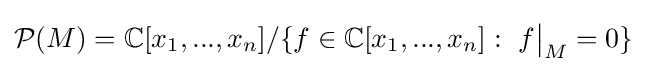
{\mathcal {P}}(M)={\mathbb {C} }[x_{1},...,x_{n}]/\{f\in {\mathbb {C} }[x_{1},...,x_{n}]:\ f{\big |}_{M}=0\}